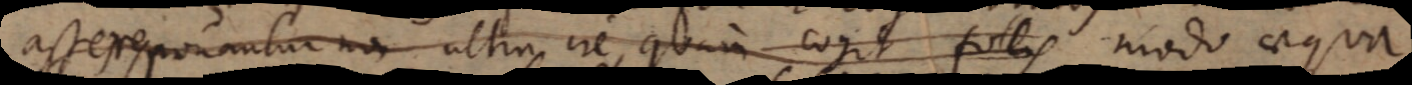
asseres ponantur non ultra ire, quam cogit follis modo aequa